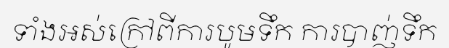
ទាំងអស់ក្រៅពីការបូមទឹក ការបាញ់ទឹក